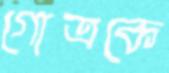
গোত্রকে